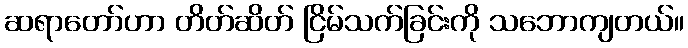
ဆရာတော်ဟာ တိတ်ဆိတ် ငြိမ်သက်ခြင်းကို သဘောကျတယ်။